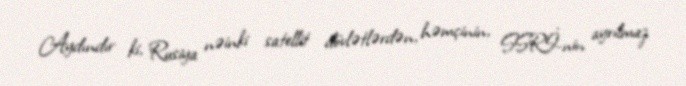
Aydındır ki, Rusiya nəinki satellit dövlətlərdən, həmçinin, SSRİ-nin ayrılmaz